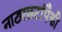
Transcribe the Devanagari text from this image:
नाट्यछटांपैकी